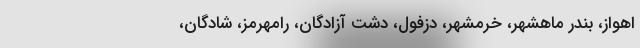
اهواز، بندر ماهشهر، خرمشهر، دزفول، دشت آزادگان، رامهرمز، شادگان،